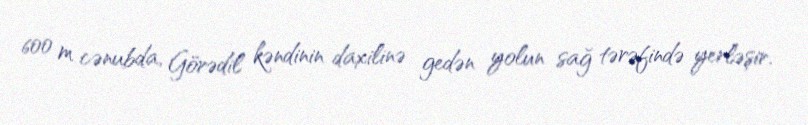
600 m cənubda, Görədil kəndinin daxilinə gedən yolun sağ tərəfində yerləşir.